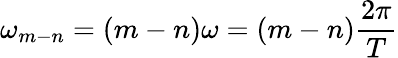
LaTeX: \omega_{m-n}=(m-n)\omega=(m-n)\frac{2\pi}{T}